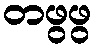
တဖွဖွ